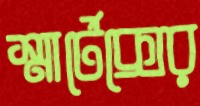
স্মার্টেক্সের